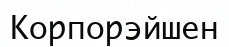
Корпорэйшен